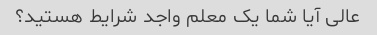
عالی آیا شما یک معلم واجد شرایط هستید؟